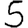
Digit: 5